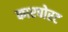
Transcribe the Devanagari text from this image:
कारपोरट